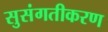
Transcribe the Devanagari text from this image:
सुसंगतीकरण